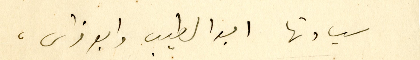
سيادتها ابوا الطيب وابو فراس،